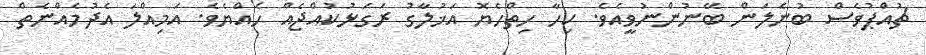
ޗުއްޕުވެސް ބުނެލަން ބޭނުންނުވީއެވެ. ކިހާ ހިތްހެޔޮ އަޚުލާގު ރަގަޅުކުއްޖެއް ހެއްޔެވެ. އަމިއްލަ އެދުމެއްނެތް